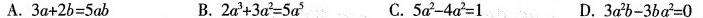
A. $$3 a + 2 b = 5 a b$$ B. $$2 a ^ { 3 } + 3 a ^ { 2 } = 5 a ^ { 5 }$$ C. $$5 a ^ { 2 } - 4 a ^ { 2 } = 1$$ D. $$3 a ^ { 2 } b - 3 b a ^ { 2 } = 0$$